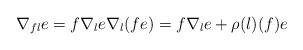
LaTeX: \begin{align*} \nabla_{fl} e = f \nabla_l e \nabla_l (fe) = f \nabla_l e + \rho(l)(f) e \end{align*}